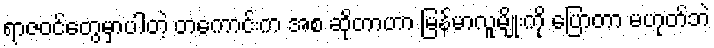
ရာဇဝင်တွေမှာပါတဲ့ တကောင်းက အစ ဆိုတာဟာ မြန်မာလူမျိုးကို ပြောတာ မဟုတ်ဘဲ